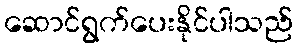
ဆောင်ရွက်ပေးနိုင်ပါသည်